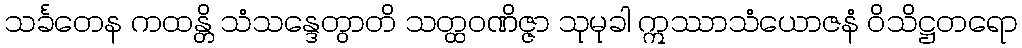
သင်္ခတေန ကထန္တိ သံသန္ဒေတွာတိ သတ္ထဝဏိဇ္ဇာ သုမုခါ ဣဿာသံယောဇနံ ဝိသိဋ္ဌတရော